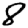
Digit: 8